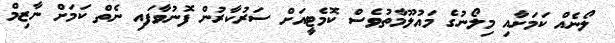
ލޯނެއް ކަމަށާއި މިލޯނުގެ މައުލޫމާތުވެސް ކޮމެޓީއަށް ސަރުކާރުން ފޮނުވާފައި ނެތް ކަމަށް ނާޒިމް